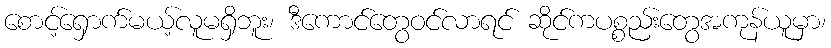
စောင့်ရှောက်မယ့်လူမရှိဘူး၊ ဒီကောင်တွေဝင်လာရင် ဆိုင်ကပစ္စည်းတွေအကုန်ယူမှာ၊